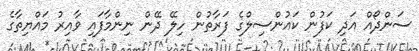
ސަންދޯއް އަދި ކަފުން ކައުންސިލްގެ ފަރާތުން ހިލޭ ދޭން ނިންމާފައި ވާއިރު މައްޔިތާގެ